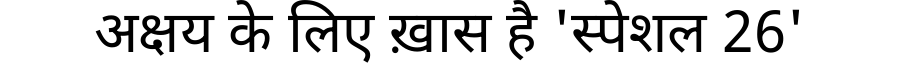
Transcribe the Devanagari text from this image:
अक्षय के लिए ख़ास है 'स्पेशल 26'